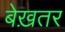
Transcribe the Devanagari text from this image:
बेख़तर